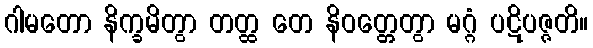
ဂါမတော နိက္ခမိတွာ တတ္ထ တေ နိဝတ္တေတွာ မဂ္ဂံ ပဋိပဇ္ဇတိ။